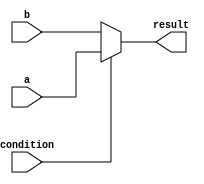
module ternary_operator(
    input wire condition,
    input wire a,
    input wire b,
    output reg result
);

always @(condition)
begin
    result = condition ? a : b;
end

endmodule